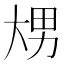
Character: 𰋢